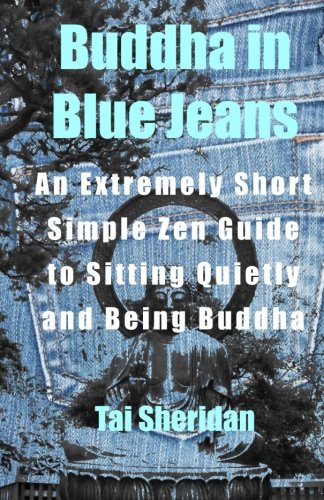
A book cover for Buddha in Blue Jeans: An Extremely Short Simple Zen Guide to Sitting Quietly; Tai Sheridan; Politics & Social Sciences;